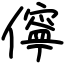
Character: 儜